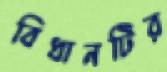
বিধানটির